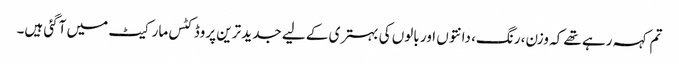
تم کہہ رہے تھے کہ وزن، رنگ، دانتوں اور بالوں کی بہتری کے لیے جدید ترین پروڈکٹس مارکیٹ میں آگئی ہیں۔